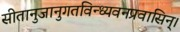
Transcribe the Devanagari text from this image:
सीतानुजानुगतविन्ध्यवनप्रवासिन्।